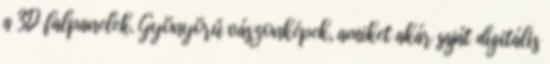
a 3D falpanelek. Gyönyörű vászonképek, amiket akár saját digitális